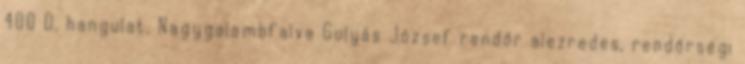
400 D, hangulat, Nagygalambfalva Gulyás József rendőr alezredes, rendőrségi